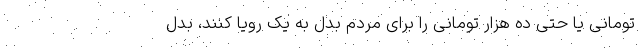
تومانی یا حتی ده هزار تومانی را برای مردم بدل به یک رویا کنند، بدل